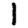
Digit: 1